Mental hospitals Bombay report 1929-33 - 1929-1933
Year: 1929
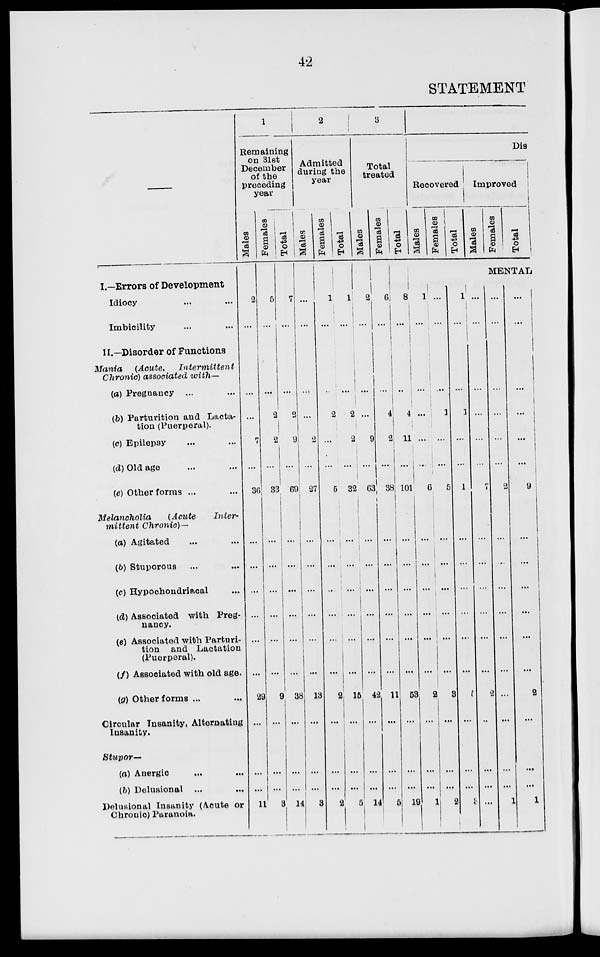
42
STATEMENT
I.—Errors of Development
Idiocy ... ...
Imbicility ... ...
II.—Disorder of Functions
Tania
(Acute,
Intermittent
Chronic) associated with—
(a) Pregnancy ... ...
(b) Parturition and Lacta-
tion (Puerperal).
(c) Epilepsy ... ...
(d) Old age ... ...
(e) Other forms ... ...
Melancholia
(Acute
Inter-
mittent
Chronic)—
(a) Agitated ... ...
(b) Stuporous ... ...
(c) Hypochondriacal ...
(d) Associated with Preg-
nancy.
(e) Associated with Parturi-
tion and Lactation
(Puerperal).
(f) Associated with old age.
(g) Other forms ... ...
Circular Insanity, Alternating
Insanity.
Stupor—
(a) Anergic ... ...
(b) Delusional ... ...
Delusional Insanity (Acute or
Chronic) Paranoia.
1
Remaining
on 31st
December
of the
preceding
year
Males
2
...
...
...
7
...
36
...
...
...
...
...
...
29
...
...
...
11
Females
5
...
...
2
2
...
33
...
...
...
...
...
...
9
...
...
...
3
Total
7
...
...
2
9
...
69
...
...
...
...
...
...
38
...
...
...
14
2
Admitted
during the
year
Males
...
...
...
...
2
...
27
...
...
...
...
...
13
...
...
...
3
Females
1
...
...
2
...
...
5
...
...
...
...
...
...
2
...
...
...
2
Total
1
...
...
2
2
...
32
...
...
...
...
...
...
15
...
...
...
5
3
Total
treated
Males
2
...
...
...
9
...
63
...
...
...
...
...
...
42
...
...
...
14
Females
6
...
...
4
2
...
38
...
...
...
...
...
...
11
...
...
...
5
Total
8
...
...
4
11
...
101
...
...
...
...
...
...
53
...
...
...
19
Dis
Recovered
Males
Females
Total
Improved
Males
Females
Total
MENTAL
1
...
...
...
...
...
6
...
...
...
...
...
...
2
...
...
...
1
...
...
...
1
...
...
5
...
...
...
...
...
...
3
...
...
...
2
1
...
...
1
...
...
1
...
...
...
...
...
...
5
...
...
...
...
...
...
...
...
...
...
7
...
...
...
...
...
...
2
...
...
...
...
...
...
...
...
...
...
2
...
...
...
...
...
...
...
...
...
...
1
...
...
...
...
...
...
9
...
...
...
...
...
...
2
...
...
...
1